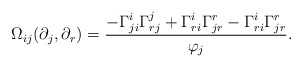
\begin{align*} \Omega_{ij}(\partial_j,\partial_r)=\frac{-\Gamma_{ji}^i\Gamma_{rj}^j+\Gamma_{ri}^i\Gamma_{jr}^r-\Gamma_{ri}^i\Gamma_{jr}^r}{\varphi_j}. \end{align*}